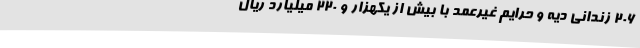
۲۰۶ زندانی دیه و حرایم غیرعمد با بیش از یکهزار و ۲۲۰ میلیارد ریال